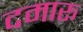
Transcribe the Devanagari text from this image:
दमारू